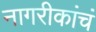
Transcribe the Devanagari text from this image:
नागरीकांचं